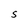
Character: S